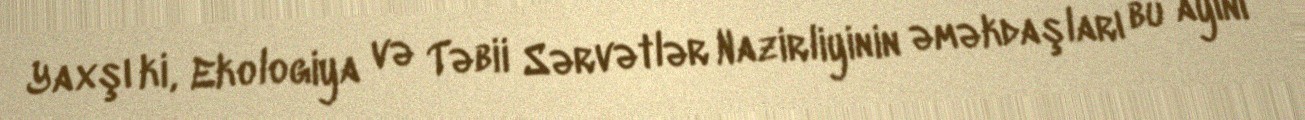
Yaxşı ki, Ekologiya və Təbii Sərvətlər Nazirliyinin əməkdaşları bu ayını